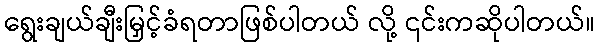
ရွေးချယ်ချီးမြှင့်ခံရတာဖြစ်ပါတယ် လို့ ၎င်းကဆိုပါတယ်။